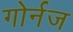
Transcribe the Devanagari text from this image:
गोर्नज